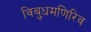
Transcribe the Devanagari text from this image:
विबुधमणिरिव